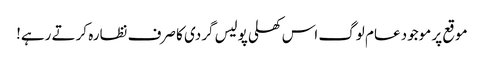
موقع پر موجود عام لوگ اس کھلی پولیس گردی کا صرف نظارہ کرتے رہے!